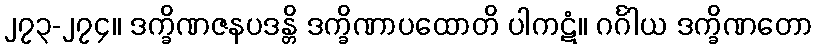
၂၇၃-၂၇၄။ ဒက္ခိဏဇနပဒန္တိ ဒက္ခိဏာပထောတိ ပါကဋံ။ ဂင်္ဂါယ ဒက္ခိဏတော